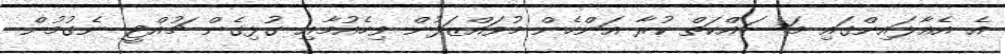
އެ އެއާލައިންގައި މަސައްކަތް ކުރާ އަންހެން މުވައްޒަފުން ވިހެއުމާއި ގުޅިގެން ޗުއްޓީ ނެގުމުން